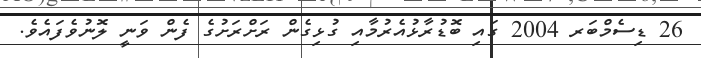
26 ޑިސެމްބަރ 2004 ގައި ބޮޑުރާޅުއެރުމާއި ގުޅިގެން ރަށްރަށުގެ ފެން ވަނީ ލޮނުވެފައެވެ.